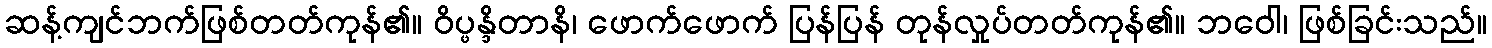
ဆန့်ကျင်ဘက်ဖြစ်တတ်ကုန်၏။ ဝိပ္ဖန္ဒိတာနိ၊ ဖောက်ဖောက် ပြန်ပြန် တုန်လှုပ်တတ်ကုန်၏။ ဘဝေါ၊ ဖြစ်ခြင်းသည်။